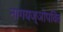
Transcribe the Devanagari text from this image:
नागयज्ञोपवित